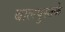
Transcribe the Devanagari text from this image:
बालपुस्तके